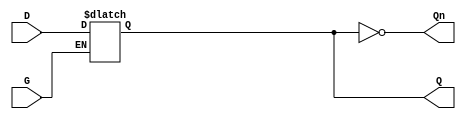
module gated_latch (
    input wire D,      // Data input
    input wire G,      // Enable signal
    output reg Q,      // Output
    output wire Qn     // Complement of the output
);

// Assign the complement of Q
assign Qn = ~Q;

// Always block to implement the gated latch behavior
always @(*) begin
    if (G) begin
        Q = D;  // When G is high, Q follows D
    end
    // When G is low, Q retains its previous value
end

endmodule